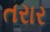
તરાર